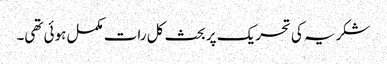
شکریہ کی تحریک پر بحث کل رات مکمل ہوئی تھی۔